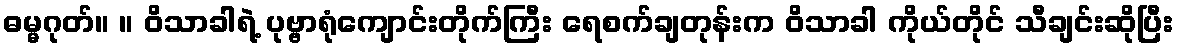
ဓမ္မဂုတ်။ ။ ဝိသာခါရဲ့ ပုဗ္ဗာရုံကျောင်းတိုက်ကြီး ရေစက်ချတုန်းက ဝိသာခါ ကိုယ်တိုင် သီချင်းဆိုပြီး